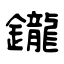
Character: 鑨